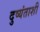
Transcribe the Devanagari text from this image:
दुष्यंताशी